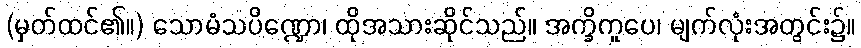
(မှတ်ထင်၏။) သောမံသပိဏ္ဍော၊ ထိုအသားဆိုင်သည်။ အက္ခိကူပေ၊ မျက်လုံးအတွင်း၌။